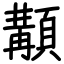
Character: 顜